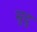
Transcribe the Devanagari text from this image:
म्रुदु